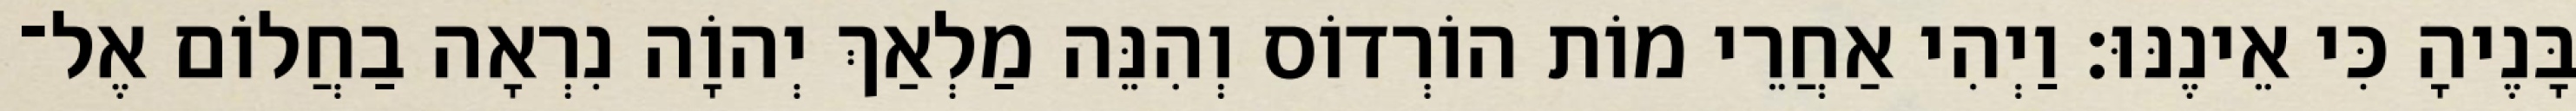
בָּנֶיהָ כִּי אֵינֶנּוּ׃ וַיְהִי אַחֲרֵי מוֹת הוֹרְדוֹס וְהִנֵּה מַלְאַךְ יְהוָֹה נִרְאָה בַחֲלוֹם אֶל־